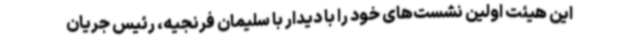
این هیئت اولین نشست‌های خود را با دیدار با سلیمان فرنجیه، رئیس جریان